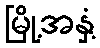
မြို့အနှံ့